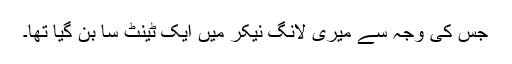
جس کی وجہ سے میری لانگ نیکر میں ایک ٹینٹ سا بن گیا تھا۔